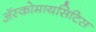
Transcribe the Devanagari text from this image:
अॅस्कोमायसिटिस